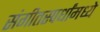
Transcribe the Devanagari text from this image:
संगीतस्पर्धांमध्ये